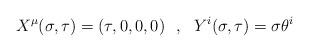
LaTeX: \begin{align*}X^\mu(\sigma,\tau)=(\tau,0,0,0)~~,~~Y^i(\sigma,\tau)=\sigma \theta^i\end{align*}